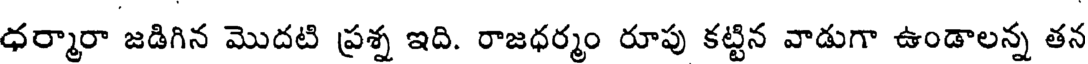
ధర్మారా జడిగిన మొదటి ప్రశ్న ఇది. రాజధర్మం రూపు కట్టిన వాడుగా ఉండాలన్న తన